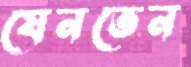
যেনতেন